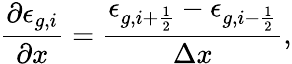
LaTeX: \frac{\partial\epsilon_{g,i}}{\partial x}=\frac{\epsilon_{g,i+\frac{1}{2}}-\epsilon_{g,i-\frac{1}{2}}}{\Delta x},